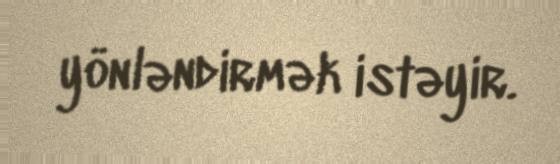
yönləndirmək istəyir.